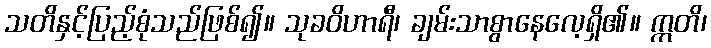
သတိနှင့်ပြည့်စုံသည်ဖြစ်၍။ သုခဝိဟာရီ၊ ချမ်းသာစွာနေလေ့ရှိ၏။ ဣတိ၊